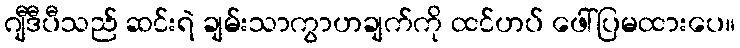
ဂျီဒီပီသည် ဆင်းရဲ ချမ်းသာကွာဟချက်ကို ထင်ဟပ် ဖေါ်ပြမထားပေ။